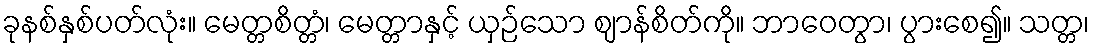
ခုနစ်နှစ်ပတ်လုံး။ မေတ္တစိတ္တံ၊ မေတ္တာနှင့် ယှဉ်သော ဈာန်စိတ်ကို။ ဘာဝေတွာ၊ ပွားစေ၍။ သတ္တ၊